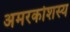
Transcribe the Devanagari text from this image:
अमरकोशस्य